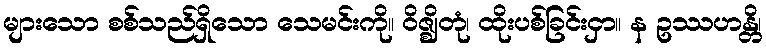
များသော စစ်သည်ရှိသော သေမင်းကို။ ဝိဇ္ဈိတုံ၊ ထိုးပစ်ခြင်းငှာ။ န ဥဿဟန္တိ၊